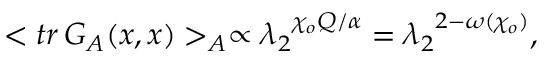
< t r \, G _ { \cal A } ( x , x ) > _ { \cal A } \propto { { \lambda _ { 2 } } ^ { { \chi _ { o } } Q / \alpha } } = { { \lambda _ { 2 } } ^ { 2 - \omega ( { \chi _ { o } } ) } } ,